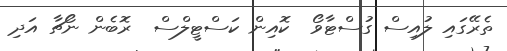
ތެރޭގައި ލުއިސް ގުސްޓާވޯ  ކޮއިން ކަސްޓީލްސް  ރޮބެން ނޯޗާ އަދި